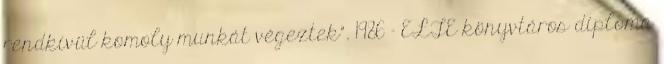
rendkívül komoly munkát végeztek”. 1986 – ELTE könyvtáros diploma